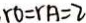
r O = r A = 2